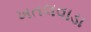
ખતલવાડા